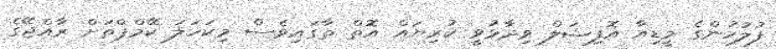
ފުލުހުންގެ މީޑިއާ އޮފިޝަލް ވިދާޅުވީ ކުރިޔައް އޮތް ތާގައިވެސް މިކަހަލަ ކޭމްޕްތަށް ރާއްޖޭގެ